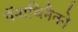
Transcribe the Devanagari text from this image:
पॅनाथिनैको